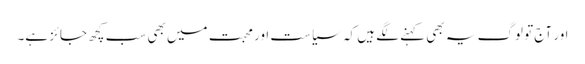
اور آج تو لوگ یہ بھی کہنے لگے ہیں کہ سیاست اور محبت میں بھی سب کچھ جائز ہے۔